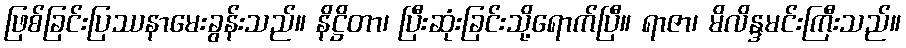
ဖြစ်ခြင်းပြဿနာမေးခွန်းသည်။ နိဋ္ဌိတာ၊ ပြီးဆုံးခြင်းသို့ရောက်ပြီ။ ရာဇာ၊ မိလိန္ဒမင်းကြီးသည်။